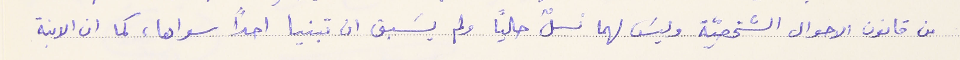
من قانون الاحوال الشخصيّة وليسَ لهما نسلٌ حالياً ولم يسَبق ان تبنيا احدًا سواها كما ان الابنة